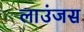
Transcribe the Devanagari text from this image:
लाउंजस